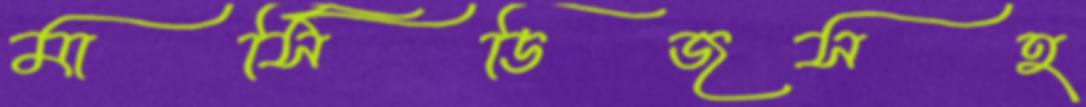
মার্সিডিজসহ